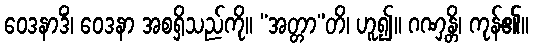
ဝေဒနာဒိံ၊ ဝေဒနာ အစရှိသည်ကို။ “အတ္တာ”တိ၊ ဟူ၍။ ဂဏှန္တိ၊ ကုန်၏။